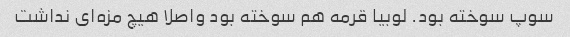
سوپ سوخته بود. لوبیا قرمه هم سوخته بود واصلا هیچ مزه‌ای نداشت